Report on lock hospitals in British Burma
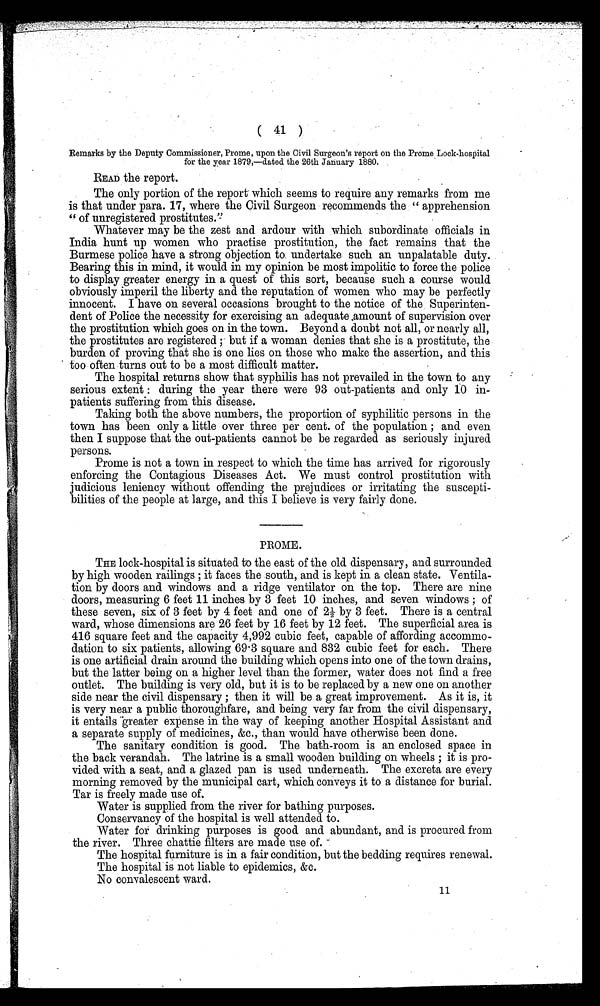
( 41 )
Remarks by the Deputy Commissioner, Prome, upon the Civil Surgeon's report on the Promos Lock-hospital
for the year 1879,—dated the 26th January 1880.
READ the report.
The only portion of the report which seems to require any remarks from me
is that under para. 17, where the Civil Surgeon recommends the " apprehension
" of unregistered prostitutes.''
Whatever may be the zest and ardour with which subordinate officials in
India hunt up women who practise prostitution, the fact remains that the
Burmese police have a strong objection to undertake such an unpalatable duty.
Bearing this in mind, it would in my opinion be most impolitic to force the police
to display greater energy in a quest of this sort, because such a course would
obviously imperil the liberty and the reputation of women who may be perfectly
innocent. I have on several occasions brought to the notice of the . Superinten
dent of Police the necessity for exercising an adequate .amount of supervision over
the prostitution which goes on in the town. Beyond a doubt not all, or nearly all,
the prostitutes are registered ; but if a woman denies that she is a prostitute, the
burden of proving that she is one lies on those who make the assertion, and this
too often turns out to be a most difficult matter.
The hospital returns show that syphilis has not prevailed in the town to any
serious extent : during the year there were 93 out-patients and only 10 in
patients suffering from this disease.
Taking both the above numbers, the proportion of syphilitic persons in the
town has been only a little over three per cent. of the population ; and even
then I suppose that the out-patients cannot be be regarded as seriously injured
persons.
Prome is not a town in respect to which the time has arrived for rigorously
enforcing the Contagious Diseases Act. We must control prostitution with
judicious leniency without offending the prejudices or irritating the suscepti
bilities of the people at large, and this I believe is very fairly done.
PROME.
THE lock-hospital is situated to the east of the old dispensary, and surrounded
by high wooden railings ; it faces the south, and is kept in a clean state. Ventila
tion by doors and windows and a ridge ventilator on the top. There are nine
doors, measuring 6 feet 11 inches by 3 feet 10 inches, and seven windows ; of
these seven, six of 3 feet by 4 feet and one of 21/2 by 3 feet. There is a central
ward, whose dimensions are 26 feet by 16 feet by 12 feet. The superficial area is
416 square feet and the capacity 4,992 cubic feet, capable of affording accommo
dation to six patients, allowing 69 . 3 square and 832 cubic feet for each. There
is one artificial drain around the building which opens into one of the town drains,
but the latter being on a higher level than the former, water does not find a free
outlet. The building is very old, but it is to be replaced by a new one on another
side near the civil dispensary; it will be a great improvement. As it is, it
is very near a public thoroughare, and being very far from the civil dispensary,
it entails greater expense in the way of keeping another Hospital Assistant and
a separate supply of medicines, &c., than would have otherwise been done.
The sanitary condition is good. The bath-room is an enclosed space in
the back verandah. The latrine is a small wooden building on wheels ; it is pro
vided with a seat, and a glazed pan is used underneath. The excreta are every
morning removed by the municipal cart, which conveys it to a distance for burial.
Tar is freely made use of.
Water is supplied from the river for bathing purposes.
Conservancy of the hospital is well attended to.
Water for drinking purposes is good and abundant, and is procured from
the river. Three chattie filters are made use of.
The hospital furniture is in a fair condition, but the bedding requires renewal.
The hospital is not liable to epidemics, &c.
No convalescent ward.
11